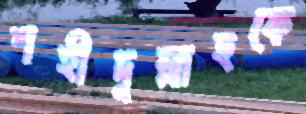
শহীদুল্লাহকে